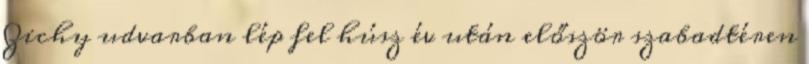
Zichy udvarban lép fel húsz év után először szabadtéren